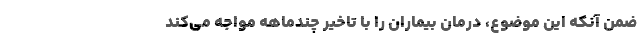
ضمن آنكه این موضوع، درمان بیماران را با تاخیر چندماهه مواجه می‌كند